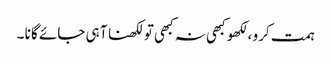
ہمت کرو ،لکھو کبھی نہ کبھی تو لکھنا آ ہی جائے گا نا ۔